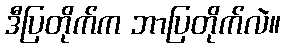
ဒီပြတိုက်က ဘာပြတိုက်လဲ။